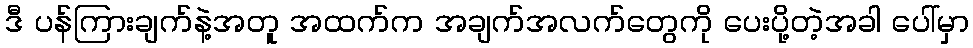
ဒီ ပန်ကြားချက်နဲ့အတူ အထက်က အချက်အလက်တွေကို ပေးပို့တဲ့အခါ ပေါ်မှာ